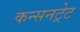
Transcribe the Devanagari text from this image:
कन्सनट्रेट